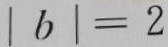
\vert b \vert = 2